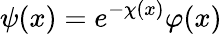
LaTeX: \psi(x)=e^{-\chi(x)}\varphi(x)